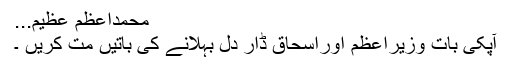
محمداعظم عظیم...
آپکی بات وزیراعظم اوراسحاق ڈار دل بہلانے کی باتیں مت کریں ۔